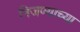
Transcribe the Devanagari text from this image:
निजण्याच्या